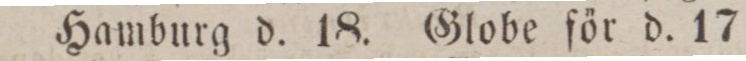
Hamburg d. 18. Globe för d. 17